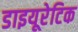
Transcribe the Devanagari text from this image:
डाइयूरेटिक